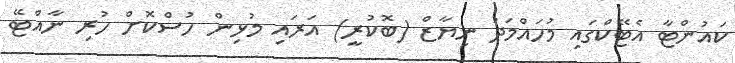
ކައުންޓާ އެޓޭކްގައި މުހައްމަދު ނިޔާޒް (ބޮކުރީ) އަރައި މުޅިން ހުސްކޮށް ހުރި ނާއްޓޭ